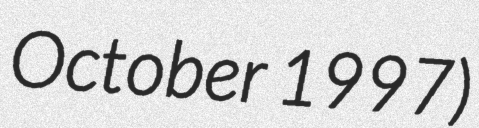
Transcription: October 1997)